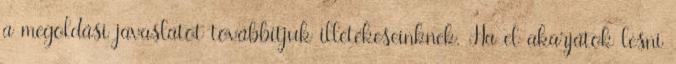
a megoldási javaslatot továbbítjuk illetékeseinknek. Ha el akarjátok lesni